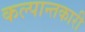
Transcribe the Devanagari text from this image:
कल्पान्तकारी